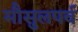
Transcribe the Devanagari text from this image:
मौसुलपर्व